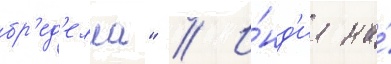
бр'ед'елла" // И́нд'иа на́